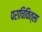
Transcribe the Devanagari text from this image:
पराचिकित्सा